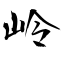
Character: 岭